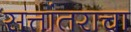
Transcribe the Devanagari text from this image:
सत्तांतराचा